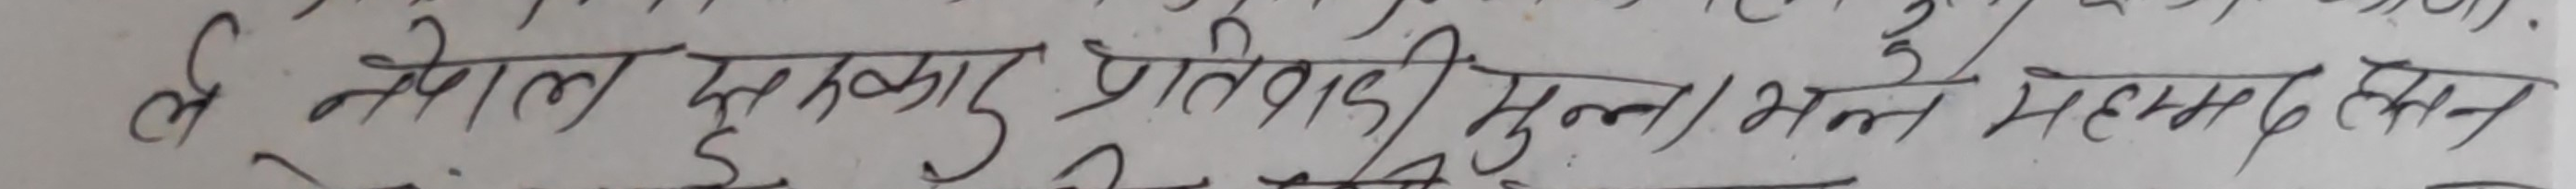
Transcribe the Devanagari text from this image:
श्री नेपाल सरकार प्रतिवादी मुल / भल महम्मद खन